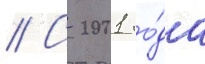
// С 2001 го́да